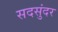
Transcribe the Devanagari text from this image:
सदसुंदर